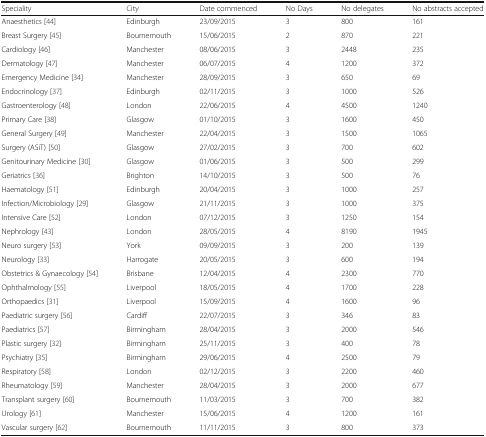
<table><thead><tr><td><b>Speciality</b></td><td><b>City</b></td><td><b>Date commenced</b></td><td><b>No Days</b></td><td><b>No delegates</b></td><td><b>No abstracts accepted</b></td></tr></thead><tbody><tr><td>Anaesthetics [44]</td><td>Edinburgh</td><td>23/09/2015</td><td>3</td><td>800</td><td>161</td></tr><tr><td>Breast Surgery [45]</td><td>Bournemouth</td><td>15/06/2015</td><td>2</td><td>870</td><td>221</td></tr><tr><td>Cardiology [46]</td><td>Manchester</td><td>08/06/2015</td><td>3</td><td>2448</td><td>235</td></tr><tr><td>Dermatology [47]</td><td>Manchester</td><td>06/07/2015</td><td>4</td><td>1200</td><td>372</td></tr><tr><td>Emergency Medicine [34]</td><td>Manchester</td><td>28/09/2015</td><td>3</td><td>650</td><td>69</td></tr><tr><td>Endocrinology [37]</td><td>Edinburgh</td><td>02/11/2015</td><td>3</td><td>1000</td><td>526</td></tr><tr><td>Gastroenterology [48]</td><td>London</td><td>22/06/2015</td><td>4</td><td>4500</td><td>1240</td></tr><tr><td>Primary Care [38]</td><td>Glasgow</td><td>01/10/2015</td><td>3</td><td>1600</td><td>450</td></tr><tr><td>General Surgery [49]</td><td>Manchester</td><td>22/04/2015</td><td>3</td><td>1500</td><td>1065</td></tr><tr><td>Surgery (ASiT) [50]</td><td>Glasgow</td><td>27/02/2015</td><td>3</td><td>700</td><td>602</td></tr><tr><td>Genitourinary Medicine [30]</td><td>Glasgow</td><td>01/06/2015</td><td>3</td><td>500</td><td>299</td></tr><tr><td>Geriatrics [36]</td><td>Brighton</td><td>14/10/2015</td><td>3</td><td>500</td><td>76</td></tr><tr><td>Haematology [51]</td><td>Edinburgh</td><td>20/04/2015</td><td>3</td><td>1000</td><td>257</td></tr><tr><td>Infection/Microbiology [29]</td><td>Glasgow</td><td>21/11/2015</td><td>3</td><td>1000</td><td>375</td></tr><tr><td>Intensive Care [52]</td><td>London</td><td>07/12/2015</td><td>3</td><td>1250</td><td>154</td></tr><tr><td>Nephrology [43]</td><td>London</td><td>28/05/2015</td><td>4</td><td>8190</td><td>1945</td></tr><tr><td>Neuro surgery [53]</td><td>York</td><td>09/09/2015</td><td>3</td><td>200</td><td>139</td></tr><tr><td>Neurology [33]</td><td>Harrogate</td><td>20/05/2015</td><td>3</td><td>600</td><td>194</td></tr><tr><td>Obstetrics &amp; Gynaecology [54]</td><td>Brisbane</td><td>12/04/2015</td><td>4</td><td>2300</td><td>770</td></tr><tr><td>Ophthalmology [55]</td><td>Liverpool</td><td>18/05/2015</td><td>4</td><td>1700</td><td>228</td></tr><tr><td>Orthopaedics [31]</td><td>Liverpool</td><td>15/09/2015</td><td>4</td><td>1600</td><td>96</td></tr><tr><td>Paediatric surgery [56]</td><td>Cardiff</td><td>22/07/2015</td><td>3</td><td>346</td><td>83</td></tr><tr><td>Paediatrics [57]</td><td>Birmingham</td><td>28/04/2015</td><td>3</td><td>2000</td><td>546</td></tr><tr><td>Plastic surgery [32]</td><td>Birmingham</td><td>25/11/2015</td><td>3</td><td>400</td><td>78</td></tr><tr><td>Psychiatry [35]</td><td>Birmingham</td><td>29/06/2015</td><td>4</td><td>2500</td><td>79</td></tr><tr><td>Respiratory [58]</td><td>London</td><td>02/12/2015</td><td>3</td><td>2200</td><td>460</td></tr><tr><td>Rheumatology [59]</td><td>Manchester</td><td>28/04/2015</td><td>3</td><td>2000</td><td>677</td></tr><tr><td>Transplant surgery [60]</td><td>Bournemouth</td><td>11/03/2015</td><td>3</td><td>700</td><td>382</td></tr><tr><td>Urology [61]</td><td>Manchester</td><td>15/06/2015</td><td>4</td><td>1200</td><td>161</td></tr><tr><td>Vascular surgery [62]</td><td>Bournemouth</td><td>11/11/2015</td><td>3</td><td>800</td><td>373</td></tr></tbody></table>